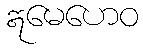
ဣမေဟေဝ